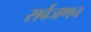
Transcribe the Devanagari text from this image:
सर्वजणच